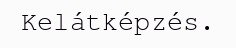
Kelátképzés.